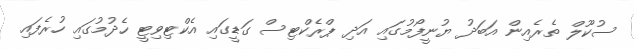
ސުކޫލް ތެރެއިން އަބަދު ޔުނީފޯމުގައި އަދި ޕްރެކްޓިސް ގަޑީގައި އެކްޓިވިޓީ ހެދުމުގައި ހުރެފައި